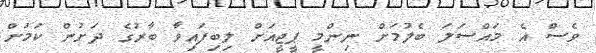
ވެސް އެ މައްސަލަ ބެލުމަށް ނިންމީ ޕީޖީއަށް ލިބިފައިވާ ބާރުގެ ދަށުން ކަމަށް